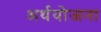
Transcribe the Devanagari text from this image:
अर्थयोजना